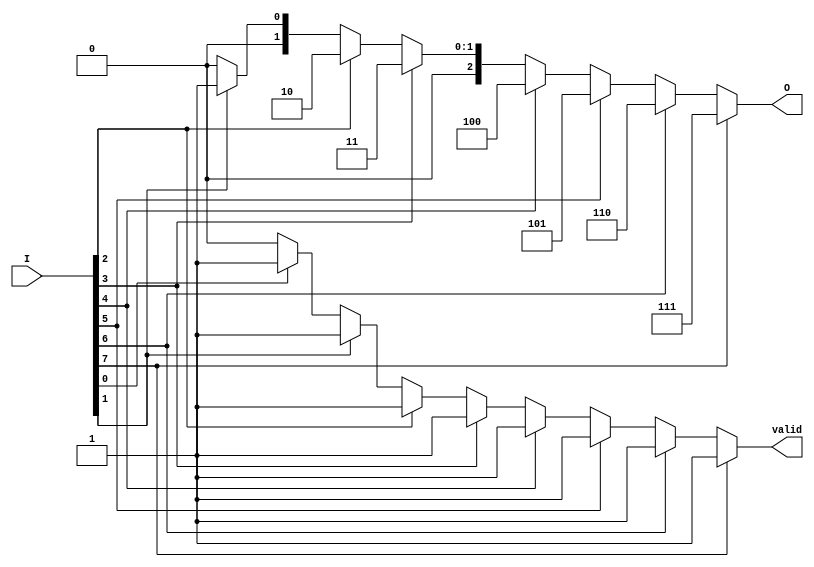
module priority_encoder #(
    parameter N = 8 // Number of inputs
) (
    input  [N-1:0] I,    // Input signals
    output reg [clog2(N)-1:0] O, // Output code for the highest priority active input
    output reg valid      // Valid signal indicating if any input is active
);

// Function to calculate the ceiling of log2
function integer clog2;
    input integer value;
    begin
        clog2 = 0;
        while (2**clog2 < value) begin
            clog2 = clog2 + 1;
        end
    end
endfunction

always @(*) begin
    // Default values
    O = {clog2(N){1'b0}}; // Default output to 0
    valid = 1'b0;         // Default valid to 0

    // Check inputs from highest priority to lowest
    if (I[N-1]) begin
        O = N-1; // Highest priority
        valid = 1'b1;
    end else if (I[N-2]) begin
        O = N-2;
        valid = 1'b1;
    end else if (I[N-3]) begin
        O = N-3;
        valid = 1'b1;
    end else if (I[N-4]) begin
        O = N-4;
        valid = 1'b1;
    end else if (I[N-5]) begin
        O = N-5;
        valid = 1'b1;
    end else if (I[N-6]) begin
        O = N-6;
        valid = 1'b1;
    end else if (I[N-7]) begin
        O = N-7;
        valid = 1'b1;
    end else if (I[0]) begin
        O = 0; // Lowest priority
        valid = 1'b1;
    end
end

endmodule